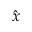
\hat { x }